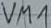
Text: VM1